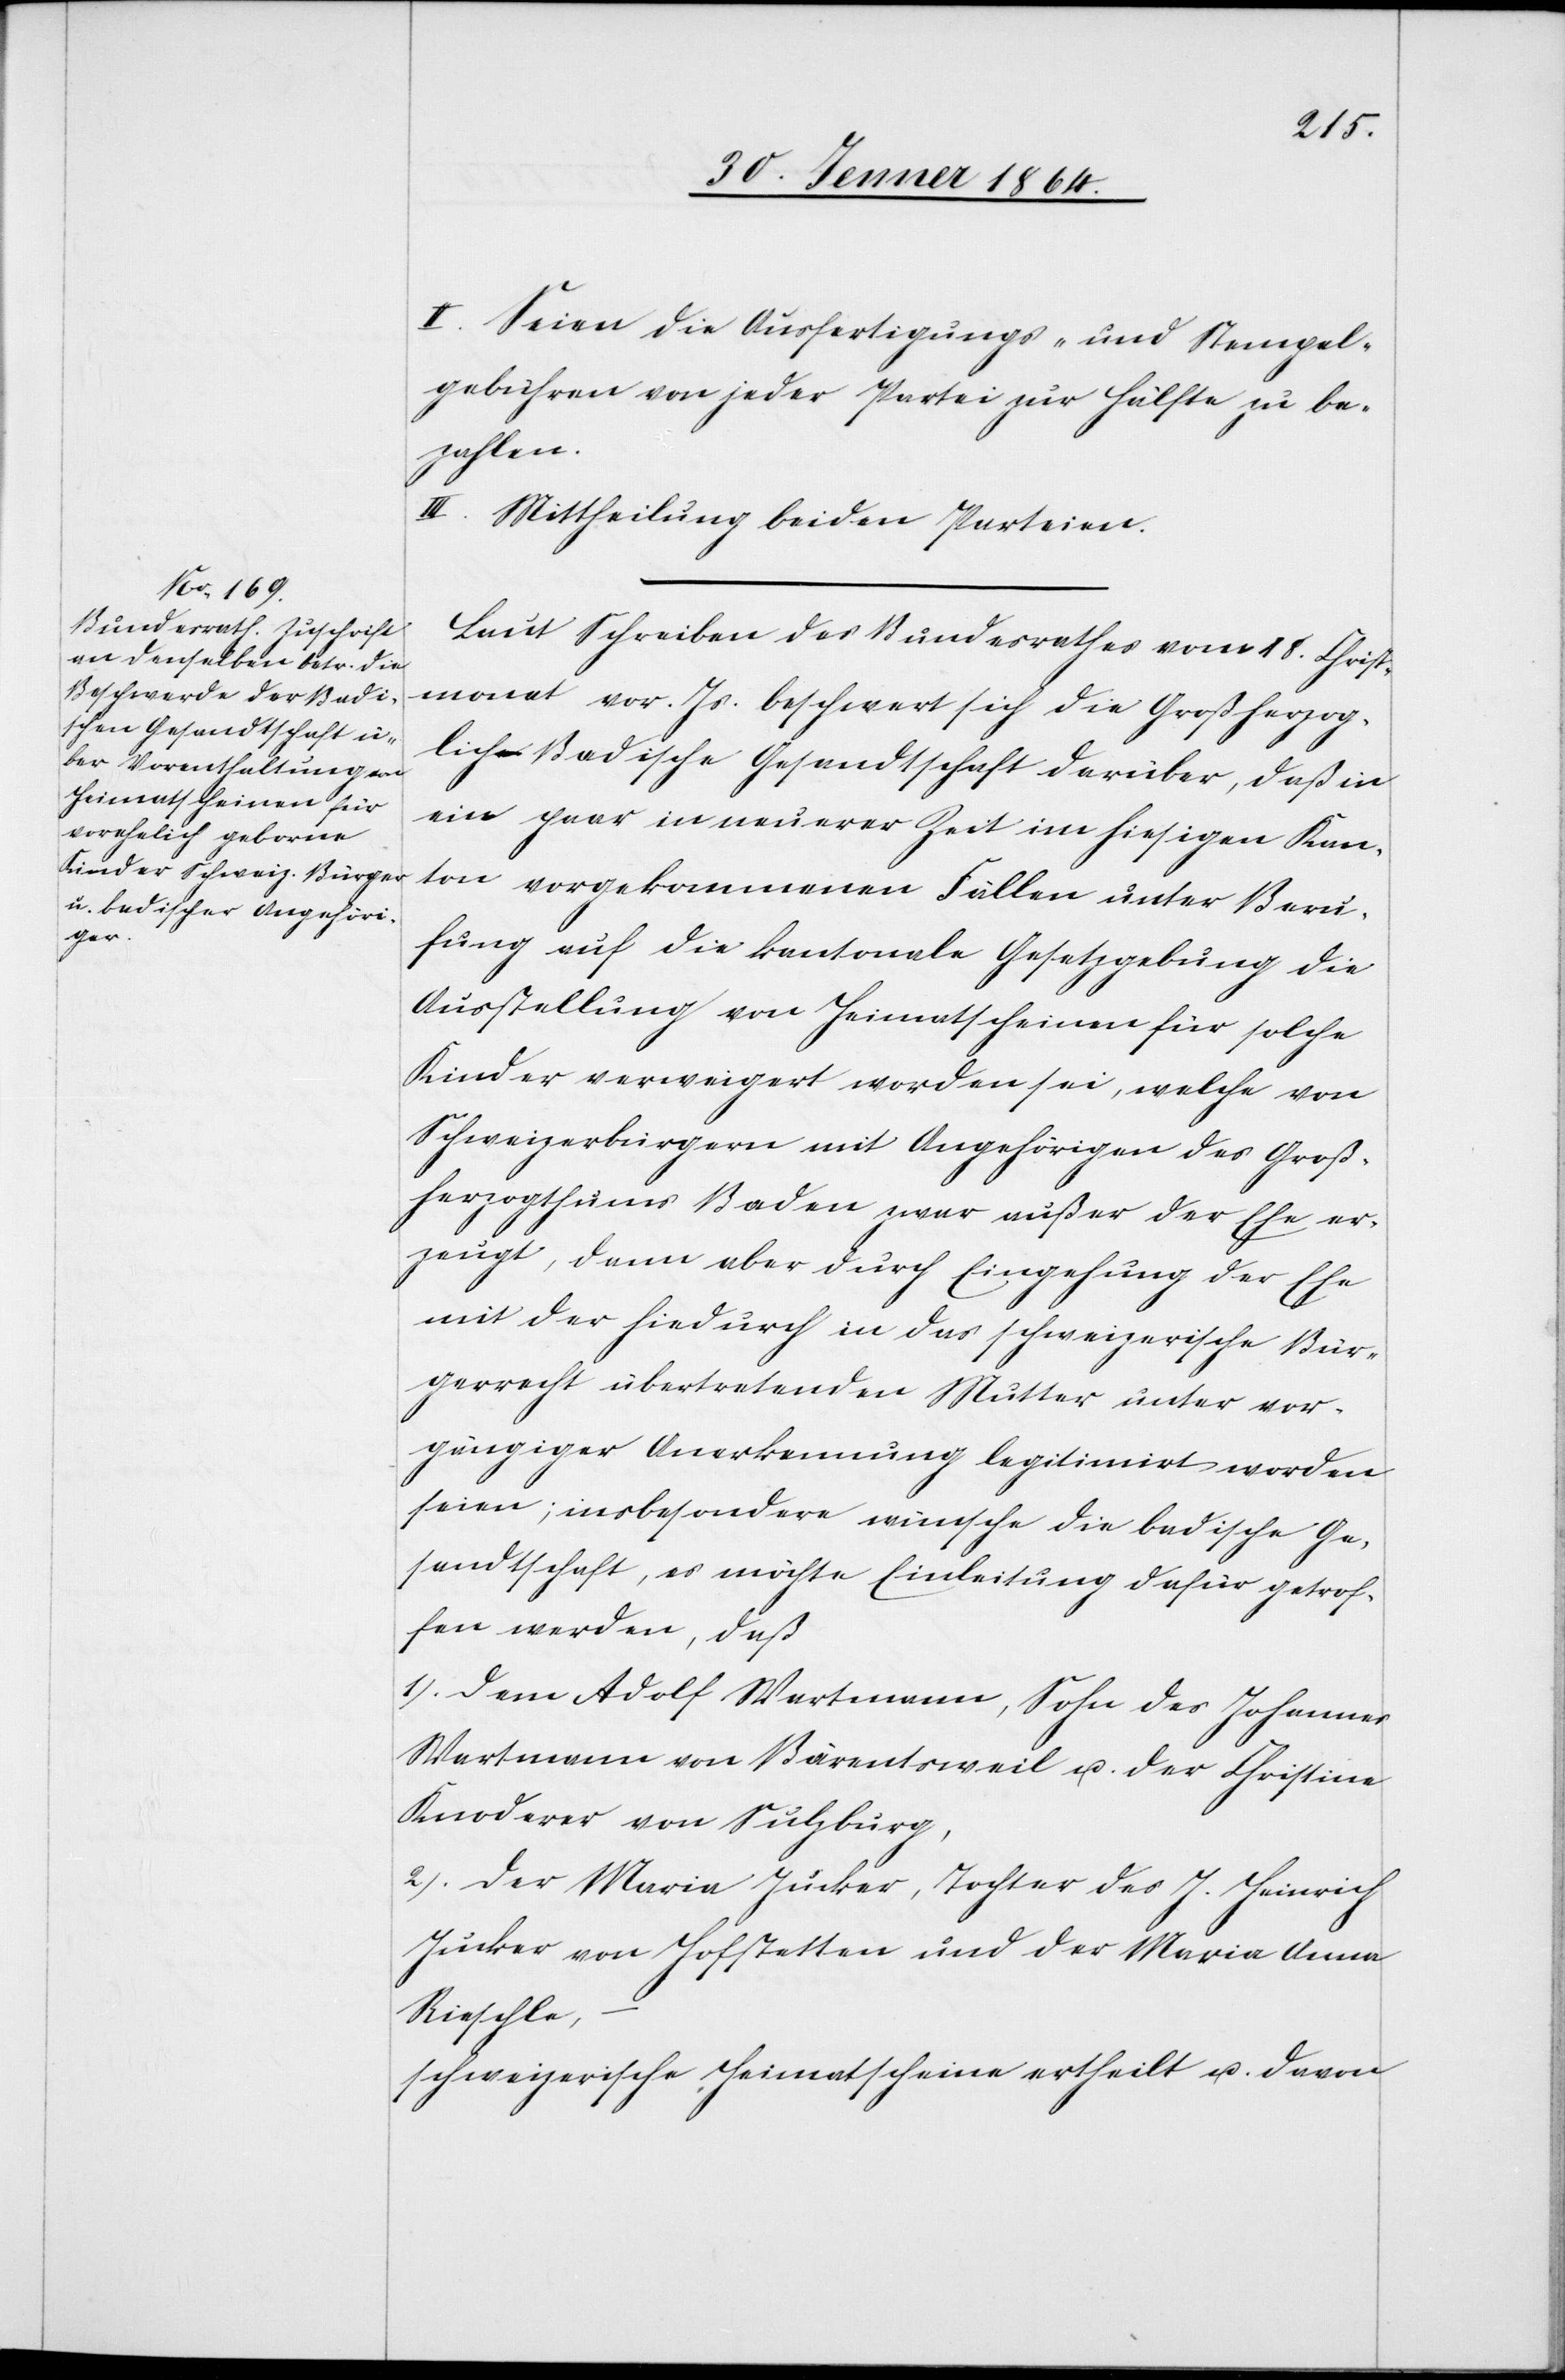
II. Seien die Ausfertigungs- und Stempel¬
gebühren von jeder Partei zur Hälfte zu be¬
zahlen.
III. Mittheilung beiden Parteien.
Laut Schreiben des Bundesrathes vom 18. Christ¬
monat vor. Js. beschwert sich die Großherzog¬
lich Badische Gesandtschaft darüber, daß in
ein paar in neuerer Zeit im hiesigen Kan¬
ton vorgekommenen Fällen unter Beru¬
fung auf die kantonale Gesetzgebung die
Ausstellung von Heimatscheinen für solche
Kinder verweigert worden sei, welche von
Schweizerbürgern mit Angehörigen des Groß¬
herzogthums Baden zwar außer der Ehe er¬
zeugt, dann aber durch Eingehung der Ehe
mit der hiedurch in das schweizerische Bür¬
gerrecht übertretenden Mutter unter vor¬
gängiger Anerkennung legitimirt worden
seien; insbesondere wünsche die badische Ge¬
sandtschaft, es möchte Einleitung dafür getrof¬
fen werden, daß
1.) dem Adolf Wartmann, Sohn des Johannes
Wartmann von Bärentsweil u. der Christine
Knoderer von Sulzburg,
2.) der Maria Jucker, Tochter des J. Heinrich
Jucker von Hofstetten und der Maria Anna
Rieschle,
schweizerische Heimatscheine ertheilt u. davon